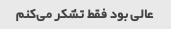
عالی بود فقط تشکر می‌کنم